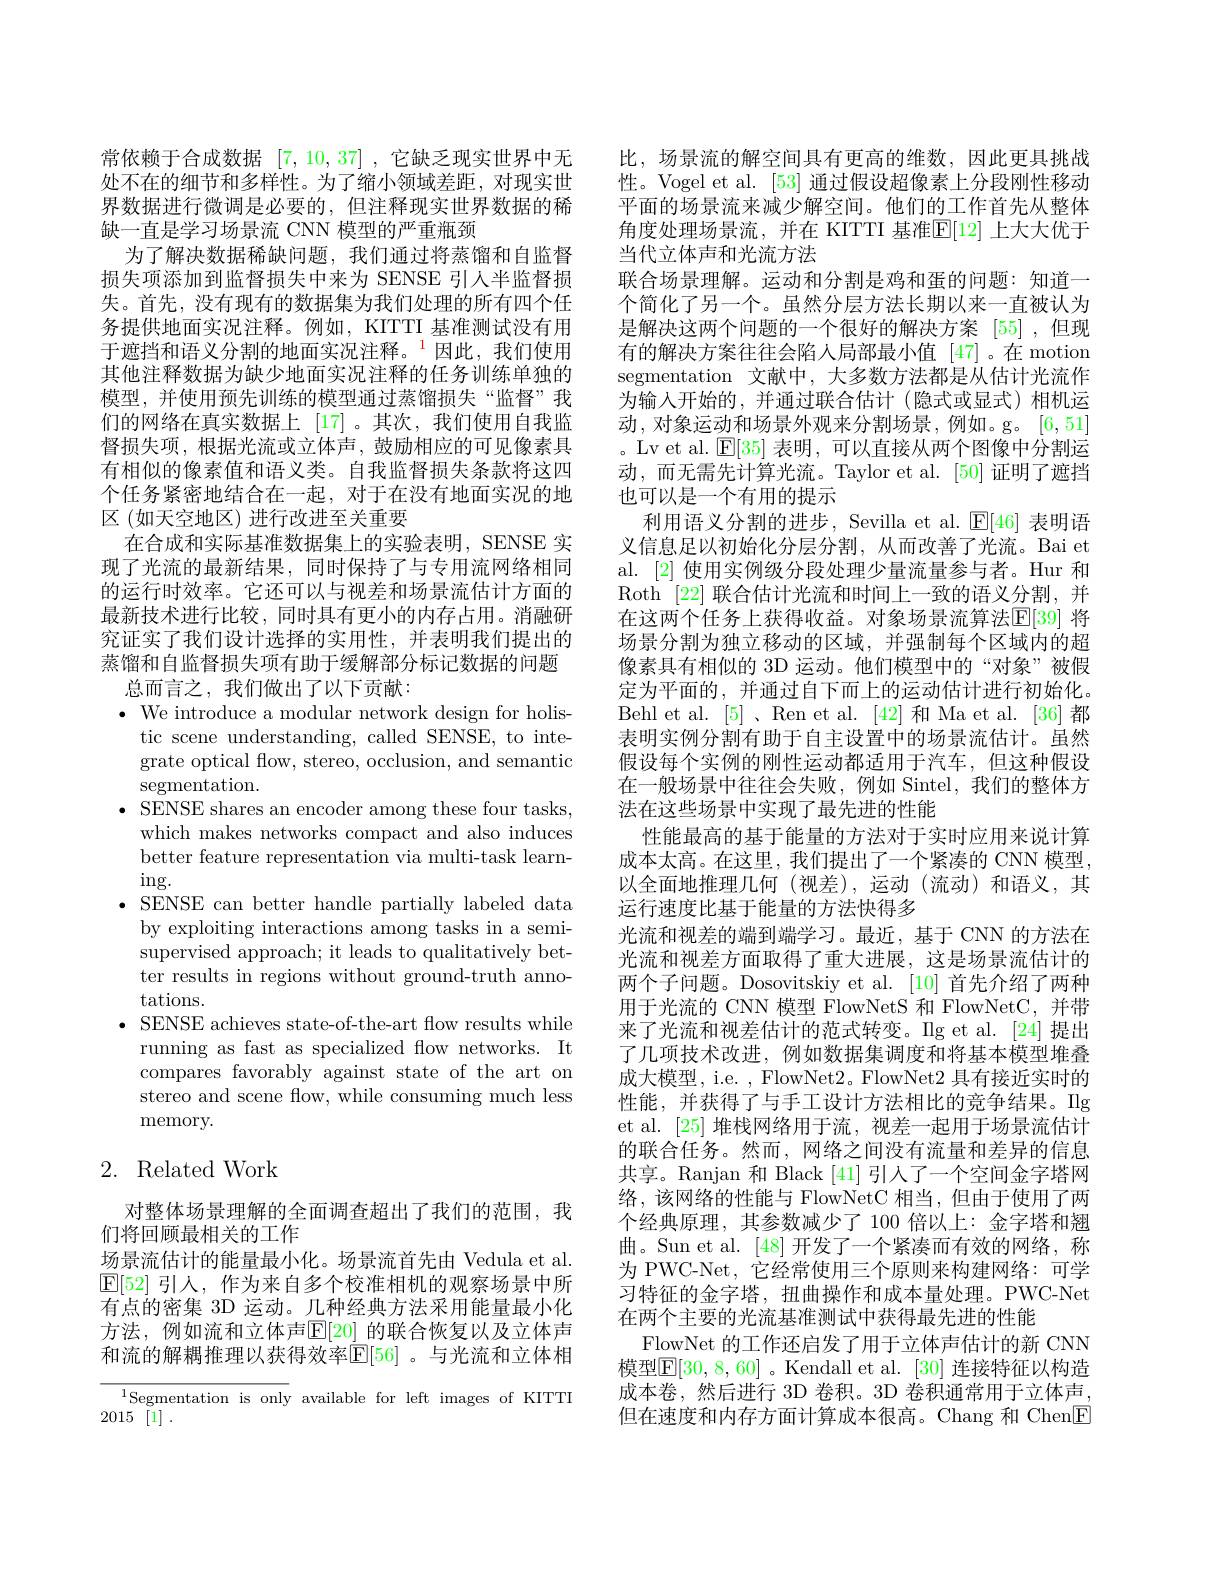
常依赖于合成数据[7,10,37] ,它缺乏现实世界中无处不在的细节和多样性。为了缩小领域差距，对现实世界数据进行微调是必要的，但注释现实世界数据的稀缺一直是学习场景流 CNN 模型的严重瓶颈
为了解决数据稀缺问题，我们通过将蒸馏和自监督损失项添加到监督损失中来为 SENSE 引人半监督损失。首先，没有现有的数据集为我们处理的所有四个任务提供地面实况注释。例如，KITTI 基准测试没有用于遮挡和语义分割的地面实况注释。$^{\color{red}{1}}$因此，我们使用其他注释数据为缺少地面实况注释的任务训练单独的模型，并使用预先训练的模型通过蒸馏损失“监督”我们的网络在真实数据上[17]。其次，我们使用自我监督损失项，根据光流或立体声，鼓励相应的可见像素具有相似的像素值和语义类。自我监督损失条款将这四个任务紧密地结合在一起，对于在没有地面实况的地区(如天空地区)进行改进至关重要
在合成和实际基准数据集上的实验表明，SENSE 实现了光流的最新结果，同时保持了与专用流网络相同的运行时效率。它还可以与视差和场景流估计方面的最新技术进行比较，同时具有更小的内存占用。消融研究证实了我们设计选择的实用性，并表明我们提出的蒸馏和自监督损失项有助于缓解部分标记数据的问题
总而言之，我们做出了以下贡献：
$\bullet$ We introduce a modular network design for holis-
tic scene understanding, called SENSE, to integrate optical flow, stereo, occlusion, and semantic segmentation.
$\bullet$ SENSE shares an encoder among these four tasks,
which makes networks compact and also induces better feature representation via multi-task learn- $\operatorname{ing}.$
$\bullet$ SENSE can better handle partially labeled data
by exploiting interactions among tasks in a semisupervised approach; it leads to qualitatively better results in regions without ground-truth annotations.
$\bullet$ SENSE achieves state-of-the-art flow results while
running as fast as specialized flow networks. It compares favorably against state of the art on stereo and scene flow, while consuming much less memory.

# 2. Related Work

对整体场景理解的全面调查超出了我们的范围，我
们将回顾最相关的工作
场景流估计的能量最小化。场景流首先由 Vedula et al. $\mathbb{E}[52]$引人，作为来自多个校准相机的观察场景中所有点的密集 3D 运动。几种经典方法采用能量最小化方法，例如流和立体声$\mathbb{E}[20]$ 的联合恢复以及立体声和流的解耦推理以获得效率$\mathbb{E}[56]$ 。与光流和立体相

$^{1}$Segmentation is only available for left images of KITTI
2015 [1] .

比，场景流的解空间具有更高的维数，因此更具挑战性。Vogel et al. [53]通过假设超像素上分段刚性移动平面的场景流来减少解空间。他们的工作首先从整体角度处理场景流，并在 KITTI 基准$\mathbb{E}[12]$ 上大大优于当代立体声和光流方法
联合场景理解。运动和分割是鸡和蛋的问题：知道一个简化了另一个。虽然分层方法长期以来一直被认为是解决这两个问题的一个很好的解决方案 [55] ,但现有的解决方案往往会陷人局部最小值 [47]。在 motion segmentation 文献中，大多数方法都是从估计光流作为输入开始的，并通过联合估计(隐式或显式)相机运动，对象运动和场景外观来分割场景，例如。g。[6,51] 。Lv et al. $\operatorname{E}[35]$表明，可以直接从两个图像中分割运动，而无需先计算光流。Taylor et al. [50] 证明了遮挡也可以是一个有用的提示
利用语义分割的进步，Sevilla et al. $\mathbb{E}[46]$表明语义信息足以初始化分层分割，从而改善了光流。Bai et al. [2] 使用实例级分段处理少量流量参与者。Hur 和Roth [22]联合估计光流和时间上一致的语义分割，并在这两个任务上获得收益。对象场景流算法$\mathbb{E}[39]$ 将场景分割为独立移动的区域，并强制每个区域内的超像素具有相似的 3D 运动。他们模型中的“对象”被假定为平面的，并通过自下而上的运动估计进行初始化。Behl et al. [5] 、Ren et al. [42] 和 Ma et al.[36]都表明实例分割有助于自主设置中的场景流估计。虽然假设每个实例的刚性运动都适用于汽车，但这种假设在一般场景中往往会失败，例如 Sintel,我们的整体方法在这些场景中实现了最先进的性能
性能最高的基于能量的方法对于实时应用来说计算成本太高。在这里，我们提出了一个紧凑的 CNN 模型， 以全面地推理几何(视差),运动(流动)和语义，其运行速度比基于能量的方法快得多
光流和视差的端到端学习。最近，基于 CNN 的方法在光流和视差方面取得了重大进展，这是场景流估计的两个子问题。Dosovitskiy et al. [10] 首先介绍了两种用于光流的 CNN 模型 FlowNetS 和 FlowNetC,并带来了光流和视差估计的范式转变。Ig et al. [24] 提出了几项技术改进，例如数据集调度和将基本模型堆叠成大模型，i.e. , FlowNet2。FlowNet2 具有接近实时的性能，并获得了与手工设计方法相比的竞争结果。Ilg et al. [25]堆栈网络用于流，视差一起用于场景流估计的联合任务。然而，网络之间没有流量和差异的信息共享。Ranjan 和 Black [41]引人了一个空间金字塔网络，该网络的性能与 FlowNetC 相当，但由于使用了两个经典原理，其参数减少了 100 倍以上：金字塔和翘曲。Sun et al. [48]开发了一个紧凑而有效的网络，称为 PWC-Net, 它经常使用三个原则来构建网络：可学习特征的金字塔，扭曲操作和成本量处理。PWC-Net 在两个主要的光流基准测试中获得最先进的性能
FlowNet 的工作还启发了用于立体声估计的新 CNN 模型$\overline{\mathbb{E}}[30,8,60]$。Kendall et al. [30] 连接特征以构造成本卷，然后进行 3D 卷积。3D 卷积通常用于立体声， 但在速度和内存方面计算成本很高。Chang 和 Chen$\boxed{\mathrm{F}}$